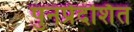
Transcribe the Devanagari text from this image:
पुनर्प्रदर्शित